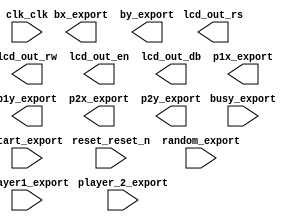

module nios (
	busy_export,
	bx_export,
	by_export,
	clk_clk,
	lcd_out_rs,
	lcd_out_rw,
	lcd_out_en,
	lcd_out_db,
	p1x_export,
	p1y_export,
	p2x_export,
	p2y_export,
	player1_export,
	player_2_export,
	reset_reset_n,
	start_export,
	random_export);	

	input		busy_export;
	output	[9:0]	bx_export;
	output	[9:0]	by_export;
	input		clk_clk;
	output		lcd_out_rs;
	output		lcd_out_rw;
	output		lcd_out_en;
	output	[7:0]	lcd_out_db;
	output	[9:0]	p1x_export;
	output	[9:0]	p1y_export;
	output	[9:0]	p2x_export;
	output	[9:0]	p2y_export;
	input	[7:0]	player1_export;
	input	[7:0]	player_2_export;
	input		reset_reset_n;
	input		start_export;
	input	[1:0]	random_export;
endmodule